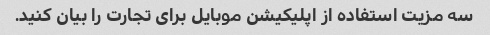
سه مزیت استفاده از اپلیکیشن موبایل برای تجارت را بیان کنید.